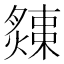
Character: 𤐬